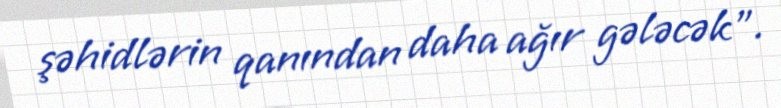
şəhidlərin qanından daha ağır gələcək”.